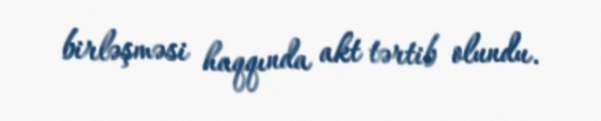
birləşməsi haqqında akt tərtib olundu.